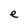
Character: e